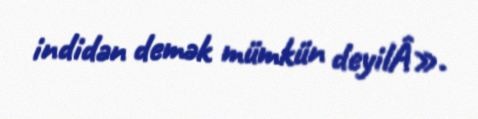
indidən demək mümkün deyilÂ».